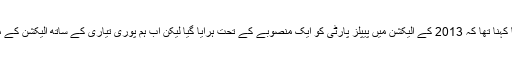
چنیوٹ میں جلسے سے خطاب کرتے ہوئے بلاول بھٹو زرداری کا کہنا تھا کہ 2013 کے الیکشن میں پیپلز پارٹی کو ایک منصوبے کے تحت ہرایا گیا لیکن اب ہم پوری تیاری کے ساتھ الیکشن کے میدان میں اتریں گے اور کسی کو بھی دھاندلی نہیں کرنے دیں گے۔